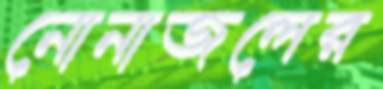
নোনাজলের